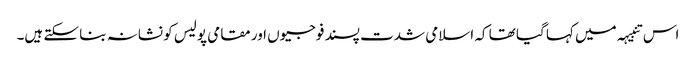
اس تنبیہہ میں کہا گیا تھا کہ اسلامی شدت پسند فوجیوں اور مقامی پولیس کو نشانہ بنا سکتے ہیں۔